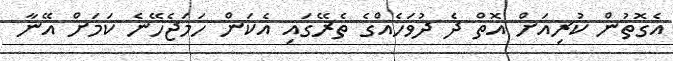
އެގޮތުން ކުރިއަށް އޮތް ދެ ދުވަހެއްގެ ތެރޭގައި އެކަން ހަމަޖެހޭނެ ކަމަށް އޭނާ